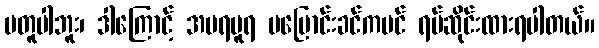
မတူပါဘူး၊ ဒါကြောင့် အမရပူရ မပြောင်းခင်ကပင် ရပ်ဆိုင်းထားရပါတယ်။